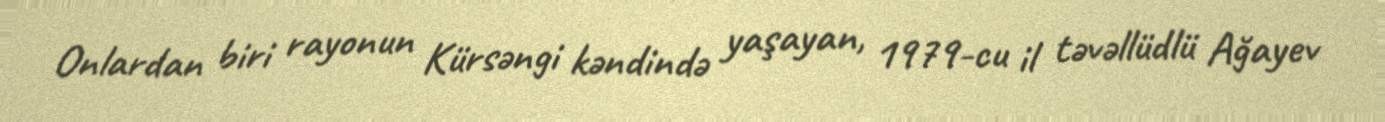
Onlardan biri rayonun Kürsəngi kəndində yaşayan, 1979-cu il təvəllüdlü Ağayev